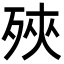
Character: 殎